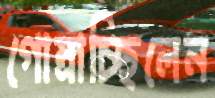
গোম্‌রাচ্ছিলেন